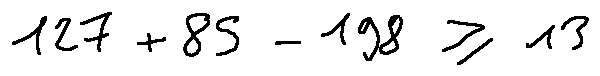
1 2 7 + 8 5 - 1 9 8 \geq 1 3